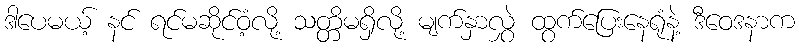
ဒါပေမယ့် နင် ရင်မဆိုင်ဝံ့လို့ သတ္တိမရှိလို့ မျက်နှာလွှဲ ထွက်ပြေးနေရုံနဲ့ ဒီဝေဒနာက